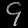
Digit: ၄